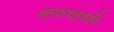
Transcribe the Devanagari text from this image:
चालवण्यापर्यंत